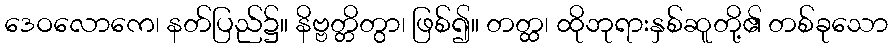
ဒေဝလောကေ၊ နတ်ပြည်၌။ နိဗ္ဗတ္တိတွာ၊ ဖြစ်၍။ တတ္ထ၊ ထိုဘုရားနှစ်ဆူတို့၏ တစ်ခုသော